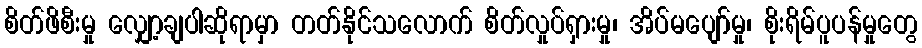
စိတ်ဖိစီးမှု လျှော့ချပါဆိုရာမှာ တတ်နိုင်သလောက် စိတ်လှုပ်ရှားမှု၊ အိပ်မပျော်မှု၊ စိုးရိမ်ပူပန်မှုတွေ